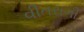
વીતરાગી